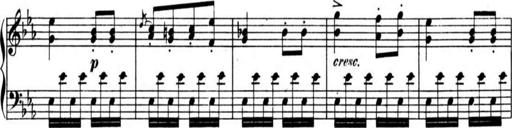
Title: AusgewÃ¤hlte Sonaten
Composer: Muzio Clementi